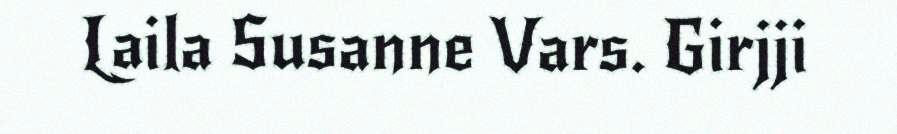
Laila Susanne Vars. Girjji